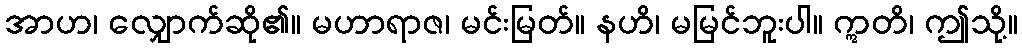
အာဟ၊ လျှောက်ဆို၏။ မဟာရာဇ၊ မင်းမြတ်။ နဟိ၊ မမြင်ဘူးပါ။ ဣတိ၊ ဤသို့။